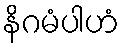
နိဂမံပါဟံ